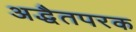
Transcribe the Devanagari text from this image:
अद्धैतपरक